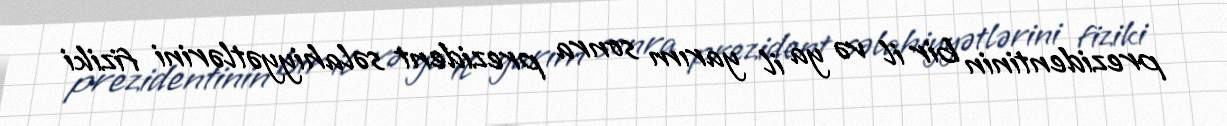
prezidentinin bir il və ya il yarım sonra prezident səlahiyyətlərini fiziki